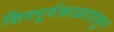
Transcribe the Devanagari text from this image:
शिवपूर्वकाळापासून